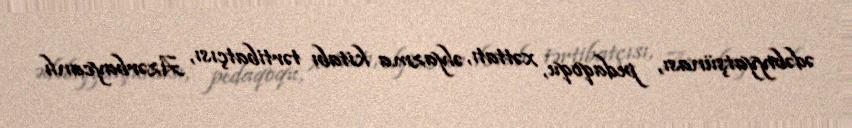
ədəbiyyatşünası, pedaqoqu, xəttatı, əlyazma kitabı tərtibatçısı, Azərbaycanlı